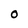
Character: 0